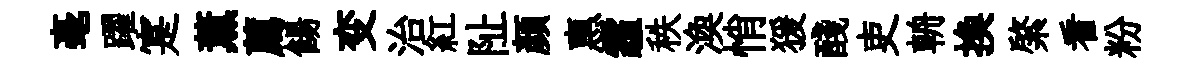
毫躍寔薰薦餳变治紅阯顏惠霾秩渙悄猨醆吏輈换綮看粉